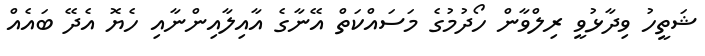
ޝަތީހު ވިދާޅުވީ ރިލްވާން ހޯދުމުގެ މަސައްކަތް އޭނާގެ އާއިލާއިންނާއި ހެޔޮ އެދޭ ބައެއް